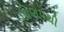
ઊણપથી